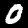
Digit: 0